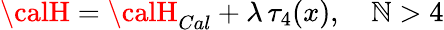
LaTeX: {\calH}={\calH}_{Cal}+\lambda\, \tau_{4}(x),\quad\mathbb{N}>4